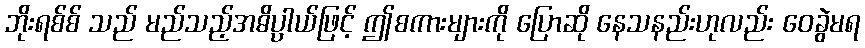
ဘိုးရစ်စ် သည် မည်သည့်အဓိပ္ပာယ်ဖြင့် ဤစကားများကို ပြောဆို နေသနည်းဟုလည်း ဝေခွဲမရ